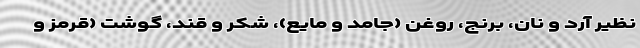
نظیر آرد و نان، برنج، روغن (جامد و مایع)، شکر و قند، گوشت (قرمز و